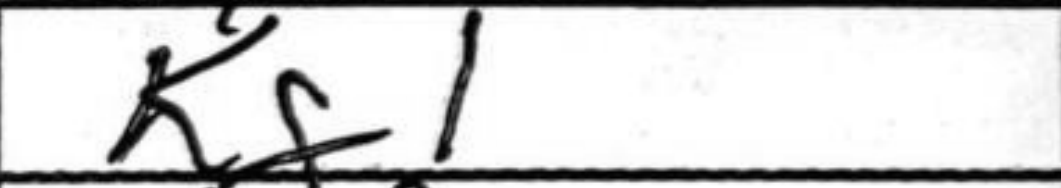
Transcription: Kg1